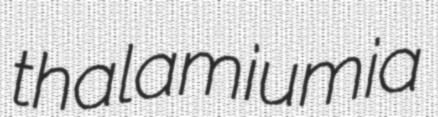
thalamiumia